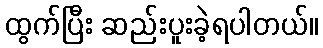
ထွက်ပြီး ဆည်းပူးခဲ့ရပါတယ်။